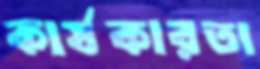
কার্যকারতা